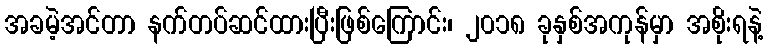
အခမဲ့အင်တာ နက်တပ်ဆင်ထားပြီးဖြစ်ကြောင်း၊ ၂၀၁၈ ခုနှစ်အကုန်မှာ အစိုးရနဲ့